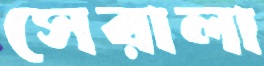
সেরালা